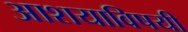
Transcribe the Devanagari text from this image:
आशयाविषयी